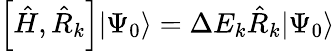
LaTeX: \left[\hat{H},\hat{R}_{k}\right]|\Psi_{0}\rangle=\Delta E_{k}\hat{R}_{k}|\Psi_{0}\rangle